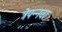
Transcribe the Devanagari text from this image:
त्रेपन्नवा